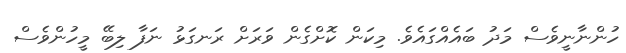
ހުންނާނީވެސް މަދު ބައެއްގައެވެ. މިކަން ކޮށްގެން ވަރަށް ރަނގަޅު ނަފާ ލިބޭ މީހުންވެސް